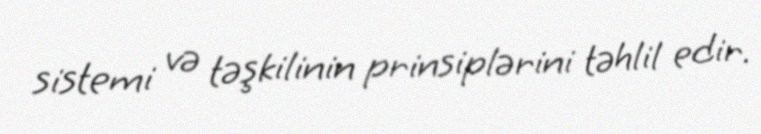
sistemi və təşkilinin prinsiplərini təhlil edir.